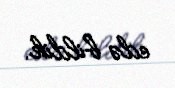
edə bildik.